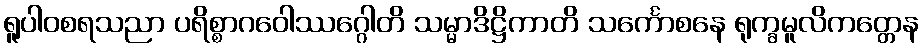
ရူပါဝစရသညာ ပရိစ္စာဂဝေါဿဂ္ဂေါတိ သမ္မာဒိဋ္ဌိကာတိ သင်္ကောစနေ ရုက္ခမူလိကတ္တေန